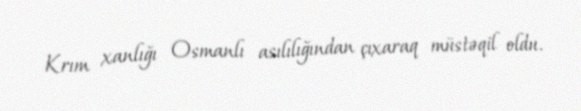
Krım xanlığı Osmanlı asılılığından çıxaraq müstəqil oldu.